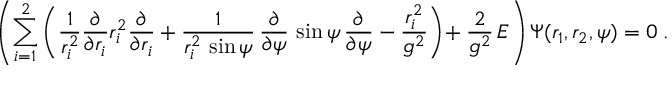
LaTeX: \left( \sum _ { i = 1 } ^ { 2 } \left( \frac { 1 } { r _ { i } ^ { 2 } } \frac { \partial } { \partial r _ { i } } r _ { i } ^ { 2 } \frac { \partial } { \partial r _ { i } } + \frac { 1 } { r _ { i } ^ { 2 } \, \sin \psi } \, \frac { \partial } { \partial \psi } \, \sin \psi \, \frac { \partial } { \partial \psi } - \frac { r _ { i } ^ { 2 } } { g ^ { 2 } } \right) \! + \frac { 2 } { g ^ { 2 } } \, E \right) \Psi ( r _ { 1 } , r _ { 2 } , \psi ) = 0 \; .